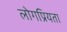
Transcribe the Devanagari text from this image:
लोगप्रियता